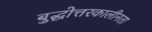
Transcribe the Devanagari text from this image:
बुद्धोत्तरकालीनता